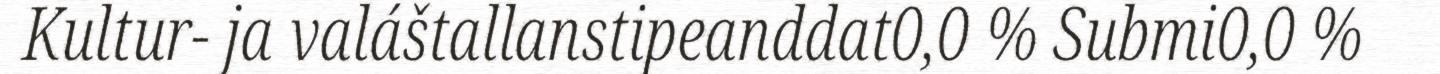
Kultur- ja valáštallanstipeanddat0,0 % Submi0,0 %